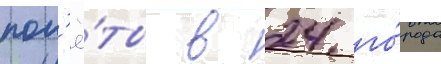
пол'ё́ты в 24 го́рода